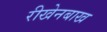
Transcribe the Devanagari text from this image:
रीखेनबाख